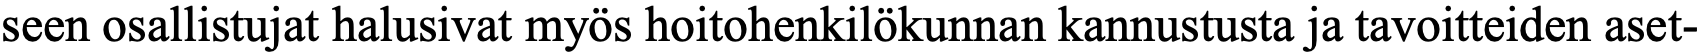
seen osallistujat halusivat myös hoitohenkilökunnan kannustusta ja tavoitteiden aset-